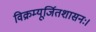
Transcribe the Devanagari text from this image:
विक्रम्यूर्जितशासनः।